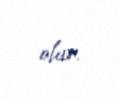
olur.